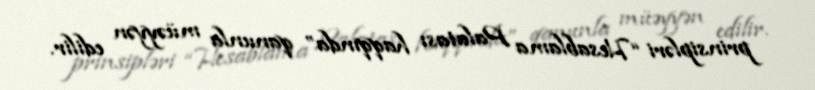
prinsipləri “Hesablama Palatası haqqında” qanunla müəyyən edilir.